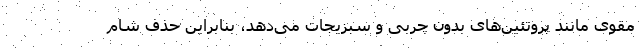
مقوی مانند پروتئین‌های بدون چربی و سبزیجات می‌دهد، بنابراین حذف شام